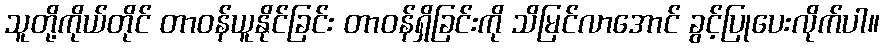
သူတို့ကိုယ်တိုင် တာဝန်ယူနိုင်ခြင်း တာဝန်ရှိခြင်းကို သိမြင်လာအောင် ခွင့်ပြုပေးလိုက်ပါ။